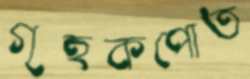
গৃহকপোত